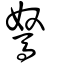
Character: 駑